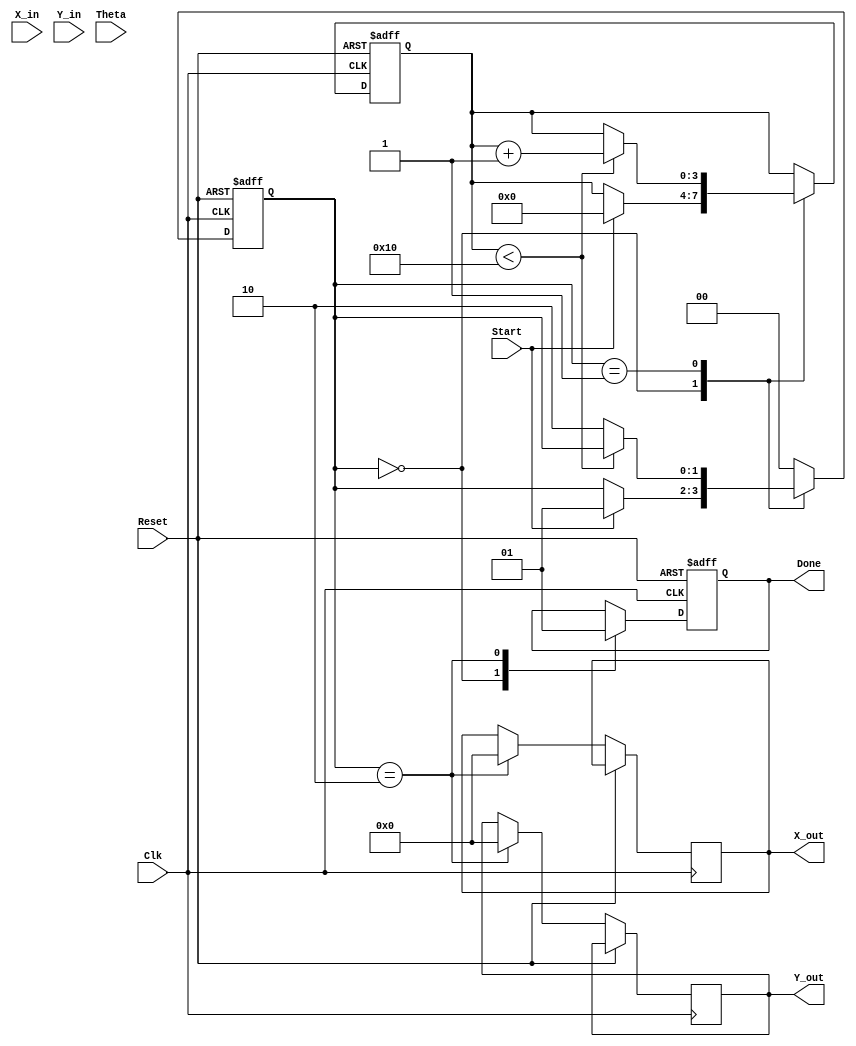
module cordic_2d (
    input wire [15:0] X_in,        // Input for initial x-coordinate
    input wire [15:0] Y_in,        // Input for initial y-coordinate
    input wire [15:0] Theta,       // Input for angle of rotation
    input wire Start,               // Control signal to start computation
    input wire Clk,                 // Clock signal
    input wire Reset,               // Asynchronous reset
    output reg [15:0] X_out,       // Output for final x-coordinate
    output reg [15:0] Y_out,       // Output for final y-coordinate
    output reg Done                 // Signal indicating completion
);

    // Parameters
    parameter NUM_ITERATIONS = 16; // Number of CORDIC iterations
    parameter CORDIC_GAIN = 16'hBFC3; // CORDIC gain constant (approximately 0.6073)
    
    // Internal Registers
    reg [15:0] X_reg;
    reg [15:0] Y_reg;
    reg [15:0] Theta_reg;
    reg [3:0] Iteration_count; // Counter for iterations
    reg [1:0] State;           // State machine (0: Idle, 1: Compute, 2: Done)

    // Angle Lookup Table (16 values for 16 iterations)
    reg [15:0] angle_table [0:NUM_ITERATIONS-1];
    
    initial begin
        angle_table[0] = 16'h2000; // atan(2^-0)
        angle_table[1] = 16'h199A; // atan(2^-1)
        angle_table[2] = 16'h1333; // atan(2^-2)
        angle_table[3] = 16'h0FFC; // atan(2^-3)
        angle_table[4] = 16'h07F5; // atan(2^-4)
        angle_table[5] = 16'h03FE; // atan(2^-5)
        angle_table[6] = 16'h01FF; // atan(2^-6)
        angle_table[7] = 16'h00FF; // atan(2^-7)
        angle_table[8] = 16'h007F; // atan(2^-8)
        angle_table[9] = 16'h003F; // atan(2^-9)
        angle_table[10] = 16'h001F; // atan(2^-10)
        angle_table[11] = 16'h000F; // atan(2^-11)
        angle_table[12] = 16'h0007; // atan(2^-12)
        angle_table[13] = 16'h0003; // atan(2^-13)
        angle_table[14] = 16'h0001; // atan(2^-14)
        angle_table[15] = 16'h0000; // atan(2^-15)
    end

    // State Machine
    localparam IDLE = 2'b00;
    localparam COMPUTE = 2'b01;
    localparam DONE_STATE = 2'b10;

    always @(posedge Clk or posedge Reset) begin
        if (Reset) begin
            State <= IDLE;
            X_reg <= 16'd0;
            Y_reg <= 16'd0;
            Theta_reg <= 16'd0;
            Iteration_count <= 4'd0;
            Done <= 1'b0;
        end else begin
            case (State)
                IDLE: begin
                    Done <= 1'b0;
                    if (Start) begin
                        X_reg <= X_in;
                        Y_reg <= Y_in;
                        Theta_reg <= Theta;
                        Iteration_count <= 4'd0;
                        State <= COMPUTE;
                    end
                end

                COMPUTE: begin
                    if (Iteration_count < NUM_ITERATIONS) begin
                        if (Theta_reg < 0) begin
                            // Rotate clockwise
                            X_reg <= X_reg + (Y_reg >>> Iteration_count);
                            Y_reg <= Y_reg - (X_reg >>> Iteration_count);
                            Theta_reg <= Theta_reg + angle_table[Iteration_count];
                        end else begin
                            // Rotate counterclockwise
                            X_reg <= X_reg - (Y_reg >>> Iteration_count);
                            Y_reg <= Y_reg + (X_reg >>> Iteration_count);
                            Theta_reg <= Theta_reg - angle_table[Iteration_count];
                        end
                        Iteration_count <= Iteration_count + 1;
                    end else begin
                        State <= DONE_STATE;
                    end
                end

                DONE_STATE: begin
                    X_out <= X_reg * CORDIC_GAIN >>> 16; // Scale output
                    Y_out <= Y_reg * CORDIC_GAIN >>> 16; // Scale output
                    Done <= 1'b1;
                    State <= IDLE; // Go back to idle after completing
                end

                default: State <= IDLE; // Safety case
            endcase
        end
    end

endmodule